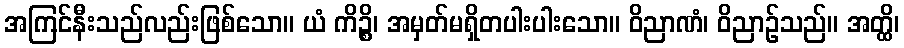
အကြင်နီးသည်လည်းဖြစ်သော။ ယံ ကိဉ္စိ၊ အမှတ်မရှိတပါးပါးသော။ ဝိညာဏံ၊ ဝိညာဉ်သည်။ အတ္ထိ၊